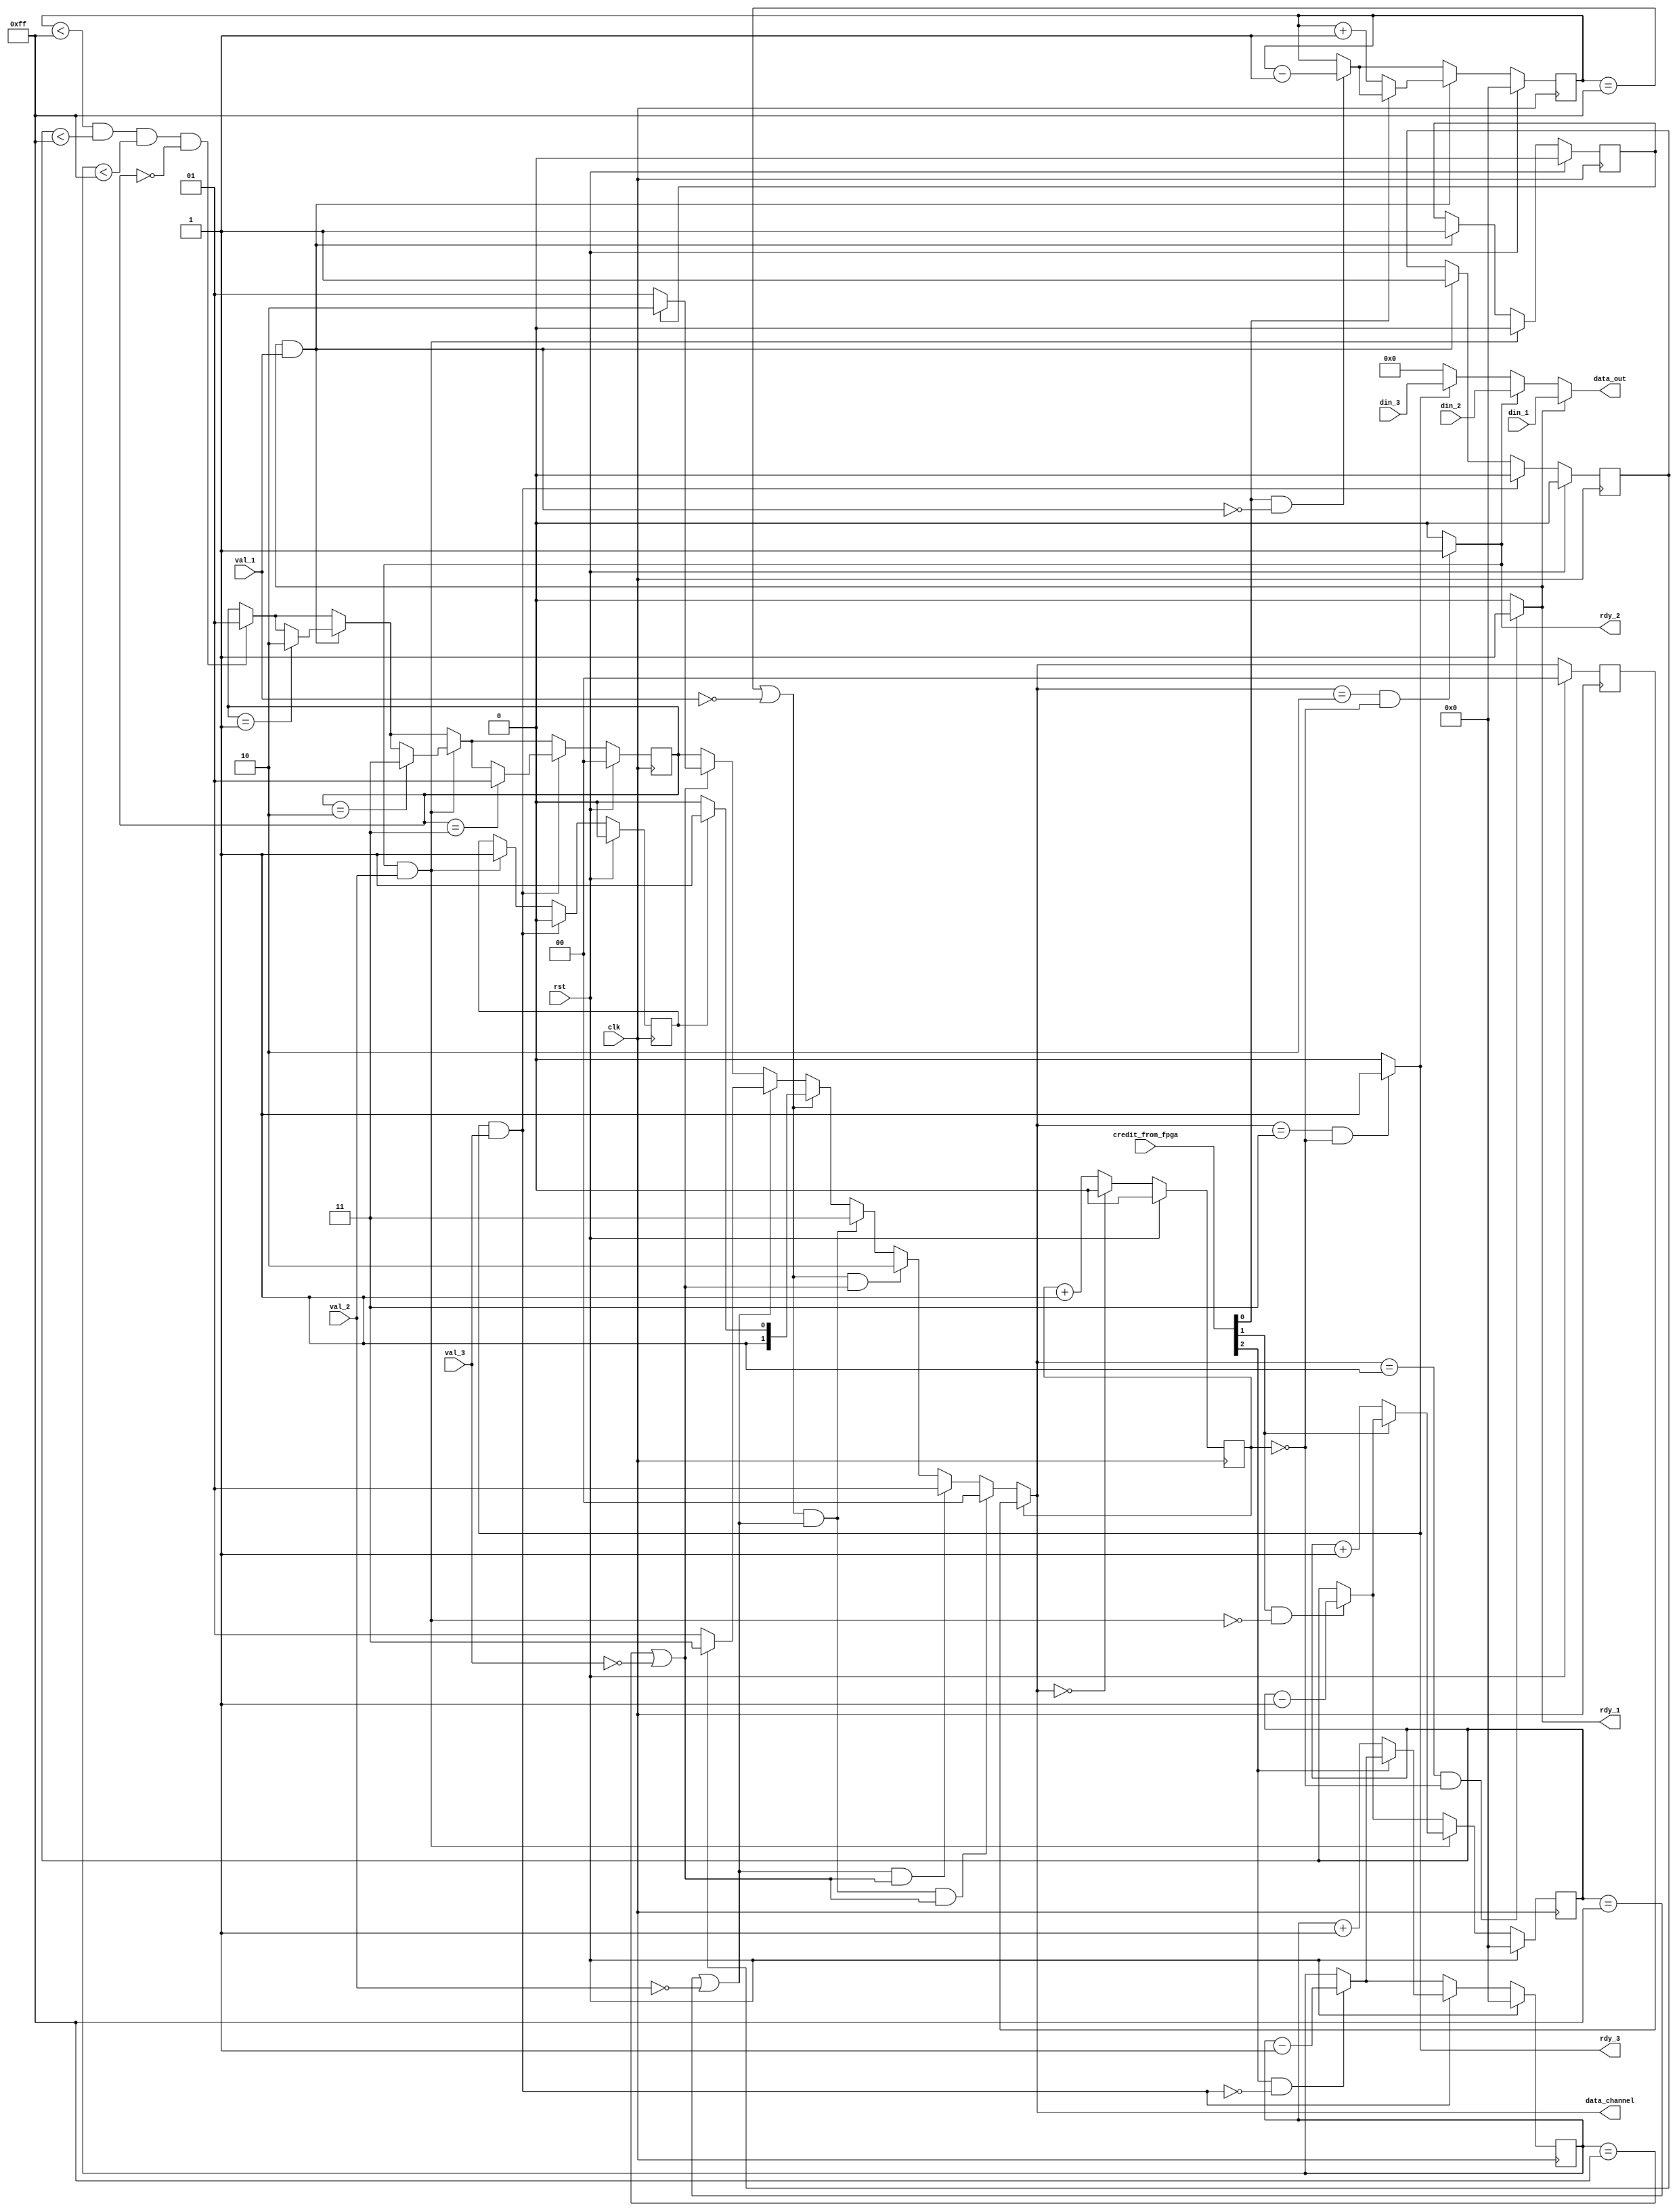
/*
Copyright (c) 2015 Princeton University
All rights reserved.

Redistribution and use in source and binary forms, with or without
modification, are permitted provided that the following conditions are met:
    * Redistributions of source code must retain the above copyright
      notice, this list of conditions and the following disclaimer.
    * Redistributions in binary form must reproduce the above copyright
      notice, this list of conditions and the following disclaimer in the
      documentation and/or other materials provided with the distribution.
    * Neither the name of Princeton University nor the
      names of its contributors may be used to endorse or promote products
      derived from this software without specific prior written permission.

THIS SOFTWARE IS PROVIDED BY PRINCETON UNIVERSITY "AS IS" AND
ANY EXPRESS OR IMPLIED WARRANTIES, INCLUDING, BUT NOT LIMITED TO, THE IMPLIED
WARRANTIES OF MERCHANTABILITY AND FITNESS FOR A PARTICULAR PURPOSE ARE
DISCLAIMED. IN NO EVENT SHALL PRINCETON UNIVERSITY BE LIABLE FOR ANY
DIRECT, INDIRECT, INCIDENTAL, SPECIAL, EXEMPLARY, OR CONSEQUENTIAL DAMAGES
(INCLUDING, BUT NOT LIMITED TO, PROCUREMENT OF SUBSTITUTE GOODS OR SERVICES;
LOSS OF USE, DATA, OR PROFITS; OR BUSINESS INTERRUPTION) HOWEVER CAUSED AND
ON ANY THEORY OF LIABILITY, WHETHER IN CONTRACT, STRICT LIABILITY, OR TORT
(INCLUDING NEGLIGENCE OR OTHERWISE) ARISING IN ANY WAY OUT OF THE USE OF THIS
SOFTWARE, EVEN IF ADVISED OF THE POSSIBILITY OF SUCH DAMAGE.
*/

/********************************************************************
 * 
 * Module encapsulates logic used to choose between 3 on chip networks
 * based upon round robin ordering factoring in which networks are 
 * empty and which have been given priority previously
 * *******************************************************************/


`timescale 1ns/1ps

module bridge_network_chooser(
    rst,
    clk,
    data_out,
    data_channel,
    din_1,
    rdy_1,
    val_1,
    din_2,
    rdy_2,
    val_2,
    din_3,
    rdy_3,
    val_3,
    credit_from_fpga
);


input rst;
input clk;

input [63:0] din_1;
input [63:0] din_2;
input [63:0] din_3;
input        val_1;
input        val_2;
input        val_3;
input [ 2:0] credit_from_fpga;

output [63:0] data_out;
output [ 1:0] data_channel;
output        rdy_1;
output        rdy_2;
output        rdy_3;

reg [8:0] credit_1; //holds the number of in flight instructions
reg [8:0] credit_2;
reg [8:0] credit_3;

wire [1:0] select;
reg  [1:0] select_reg;
reg  [0:0] select_counter;

reg sel_23;
reg sel_13;
reg sel_12;
reg [1:0] sel_123;


/*********************************************************
//Combinational Logic
*********************************************************/
assign data_out =   rdy_1 ? din_1 :
                    rdy_2 ? din_2 :
                    rdy_3 ? din_3 : 64'd0;

assign data_channel = select; 

assign rdy_1 = (select == 2'b01 && select_counter == 1'b0) ? 1'b1 : 1'b0;
assign rdy_2 = (select == 2'b10 && select_counter == 1'b0) ? 1'b1 : 1'b0;
assign rdy_3 = (select == 2'b11 && select_counter == 1'b0) ? 1'b1 : 1'b0;

assign select = ( (select_counter != 1'b0         ) )   ? select_reg :
                ( (credit_1 == 9'd255 || ~val_1) &&            //3 networks full
                  (credit_2 == 9'd255 || ~val_2) && 
                  (credit_3 == 9'd255 || ~val_3) )   ? 2'b00  :
                ( (credit_2 == 9'd255 || ~val_2) &&            //2 networks full
                  (credit_3 == 9'd255 || ~val_3) )   ? 2'b01  :
                ( (credit_1 == 9'd255 || ~val_1) &&
                  (credit_3 == 9'd255 || ~val_3) )   ? 2'b10  :
                ( (credit_1 == 9'd255 || ~val_1) &&
                  (credit_2 == 9'd255 || ~val_2) )   ? 2'b11  :
                ( (credit_1 == 9'd255 || ~val_1) )   ? (sel_23 ? 2'b11 : 2'b10) : //1 network full
                ( (credit_2 == 9'd255 || ~val_2) )   ? (sel_13 ? 2'b11 : 2'b01) :
                ( (credit_3 == 9'd255 || ~val_3) )   ? (sel_12 ? 2'b10 : 2'b01) :
                                                sel_123; //0 networks full


/*********************************************************
//Sequential Logic
*********************************************************/

always @(posedge clk) begin
    if(rst) begin
        select_reg <= 2'd0;
    end
    else begin
        select_reg <= select;
    end
end

always @(posedge clk) begin
    if(rst) begin
        credit_1 <= 9'd0;
        credit_2 <= 9'd0;
        credit_3 <= 9'd0;
        sel_23 <= 0;
        sel_13 <= 0;
        sel_12 <= 0;
        sel_123 <= 0;

        select_counter <= 0;
    end
    else begin
        //update select hold
        if(select == 0) begin
            select_counter <= 0;
        end
        else begin
            select_counter <= select_counter + 2'b01; 
        end

        //update incoming credits
        if(credit_from_fpga[0] & ~(rdy_1 & val_1)) begin
            credit_1 <= credit_1 - 9'd1;
        end
        if(credit_from_fpga[1] & ~(rdy_2 & val_2)) begin
            credit_2 <= credit_2 - 9'd1;
        end
        if(credit_from_fpga[2] & ~(rdy_3 & val_3)) begin
            credit_3 <= credit_3 - 9'd1;
        end
        
        if((credit_1 < 9'd255) &&
           (credit_2 < 9'd255) &&
           (credit_3 < 9'd255) &&
           (sel_123 == 0)         )
            sel_123 <= 2'b01;

        //update outgoing credits
        if(rdy_1 & val_1) begin
            sel_13 <= 1;
            sel_12 <= 1;
            if (sel_123 == 2'b01) begin
                sel_123 <= 2'b10;
            end
            if(~credit_from_fpga[0]) begin
                credit_1 <= credit_1 + 9'd1;
            end
        end 
        if(rdy_2 & val_2) begin
            sel_23 <= 1;
            sel_12 <= 0;
            if (sel_123 == 2'b10) begin
                sel_123 <= 2'b11;
            end
            if( ~credit_from_fpga[1]) begin
                credit_2 <= credit_2 + 9'd1;
            end
        end
        if(rdy_3 & val_3) begin
            sel_23 <= 0;
            sel_13 <= 0;
            if (sel_123 == 2'b11) begin
                sel_123 <= 2'b01;
            end
            if (~credit_from_fpga[2]) begin
                credit_3 <= credit_3 + 9'd1;
            end
        end


    end
end //end always

endmodule